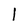
Character: l